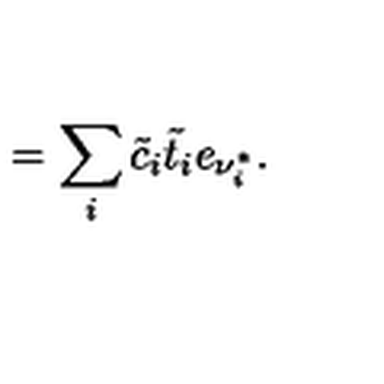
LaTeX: = \sum _ { i } \tilde { c } _ { i } \tilde { t } _ { i } e _ { \nu _ { i } ^ { * } } { } .